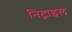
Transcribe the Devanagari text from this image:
निट्राइल